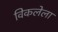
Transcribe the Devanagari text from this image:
विकलेला